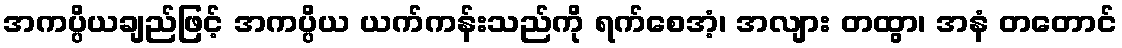
အကပ္ပိယချည်ဖြင့် အကပ္ပိယ ယက်ကန်းသည်ကို ရက်စေအံ့၊ အလျား တထွာ၊ အနံ တတောင်